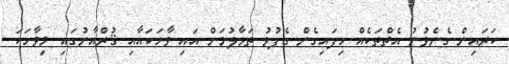
ކަރައިން ގެނެވުނު އެތްތަކެއް ހިފައިގެން ގެފުޅު ތަޅާލުމަށް އައި ވާހަކައާއި ޤުރްއާނުގައި މިވާހަކަ